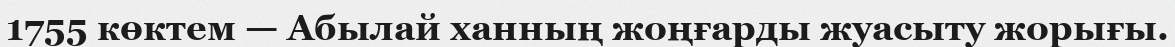
1755 көктем — Абылай ханның жоңғарды жуасыту жорығы.